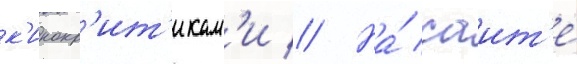
к'инокр'ит'икам'и // На́ саит'е